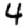
Digit: 4